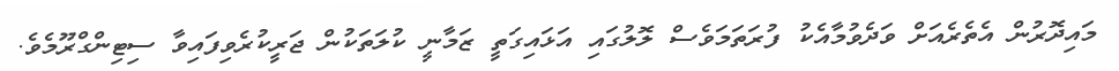
މައިދޮރުން އެތެރެއަށް ވަދެވުމާއެކު ފުރަތަމަވެސް ލޮލުގައި އަޅައިގަތީ ޒަމާނީ ކުލަތަކުން ޖަރީކުރެވިފައިވާ ސިޓިންގްރޫމެވެ.